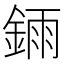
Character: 𫒧